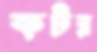
কটর